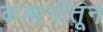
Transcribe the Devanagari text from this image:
कमानीतून